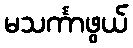
မသင်္ကာဖွယ်